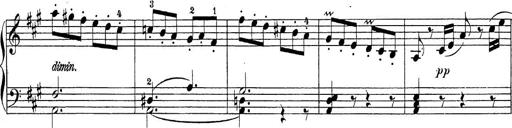
Title: Sonatina Album
Composer: Louis KÃ¶hler